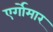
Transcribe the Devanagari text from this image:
एर्गोमार